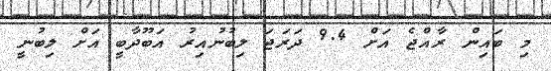
މި ބައިން ރާއްޖެ އަށް 9.4 ދަރަޖަ ލިބުނުއިރު އަބޫދާބީ އަށް ލިބުނީ